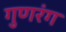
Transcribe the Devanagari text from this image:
गुणरंग